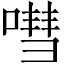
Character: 嘒